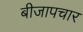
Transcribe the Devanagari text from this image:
बीजापचार